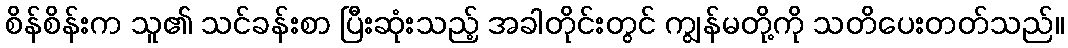
စိန်စိန်းက သူ၏ သင်ခန်းစာ ပြီးဆုံးသည့် အခါတိုင်းတွင် ကျွန်မတို့ကို သတိပေးတတ်သည်။